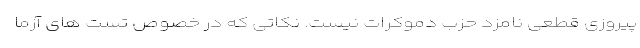
پیروزی قطعی نامزد حزب دموکرات نیست. نکاتی که در خصوص تست های آزما